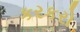
કરકરો